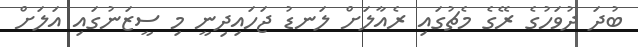
ބުދަ ދުވަހުގެ ރޭގެ މެޗުގައި ރެއާލަށް ލަނޑު ޖަހައިދިނީ މި ސީޒަނުގައި އަލަށް